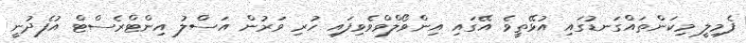
ފެމިލީ މިކަންތައްގަނޑުގައި އުޅޭތީވެ އޭގައި އިންވޯލްވްވެވިފައި ހުރި ވަރުން އަސްލު އިންޓްރެސްޓް އުފެދުނީ